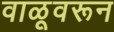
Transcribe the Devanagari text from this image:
वाळूवरून